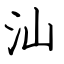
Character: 汕